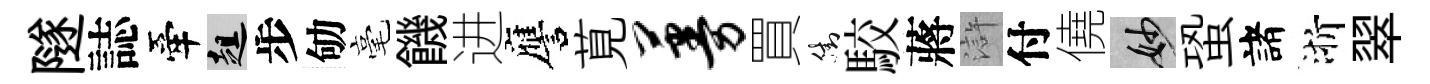
隧誌牽趄步劬毫饑进譍莧蔓買街駮蔣滸付僥妙蛩諸浙翠